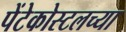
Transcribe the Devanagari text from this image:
पेंटेकोस्टलच्या